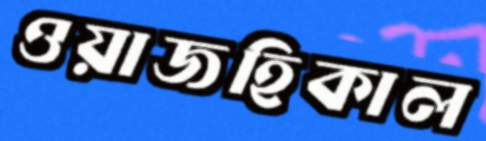
ওয়াজহিকাল